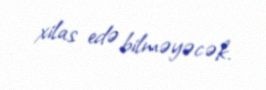
xilas edə bilməyəcək.